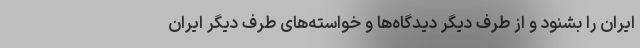
ایران را بشنود و از طرف دیگر دیدگاه‌ها و خواسته‌های طرف دیگر ایران